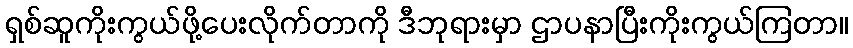
ရှစ်ဆူကိုးကွယ်ဖို့ပေးလိုက်တာကို ဒီဘုရားမှာ ဌာပနာပြီးကိုးကွယ်ကြတာ။